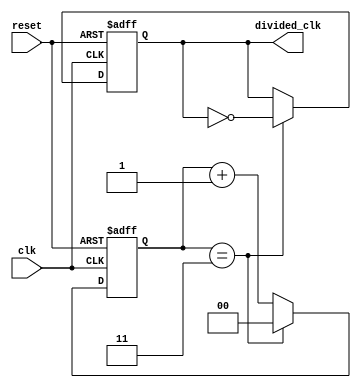
module frequency_divider_counter #(
    parameter DIV_FACTOR = 4  // Default division factor, can be changed as needed
)(
    input wire clk,           // Input clock signal
    input wire reset,         // Asynchronous reset signal
    output reg divided_clk     // Output divided clock signal
);

    reg [$clog2(DIV_FACTOR)-1:0] counter; // Counter to count clock cycles

    // Always block triggered on the rising edge of the clock or reset
    always @(posedge clk or posedge reset) begin
        if (reset) begin
            counter <= 0;         // Reset counter to 0
            divided_clk <= 0;     // Initialize output clock to low
        end else begin
            if (counter == (DIV_FACTOR - 1)) begin
                counter <= 0;      // Reset counter when it reaches DIV_FACTOR
                divided_clk <= ~divided_clk; // Toggle output clock
            end else begin
                counter <= counter + 1; // Increment counter
            end
        end
    end

endmodule